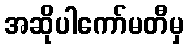
အဆိုပါကော်မတီမှ